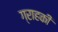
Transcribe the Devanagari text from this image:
ग्राहकी